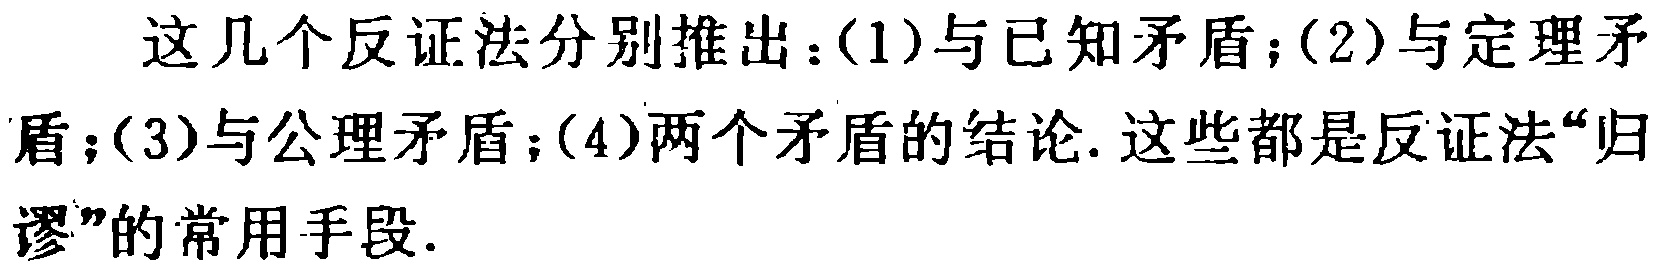
这几个反证法分别推出：(1)与已知矛盾；(2)与定理矛
盾；(3)与公理矛盾；(4)两个矛盾的结论. 这些都是反证法“归
谬”的常用手段.